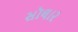
સૉલાર